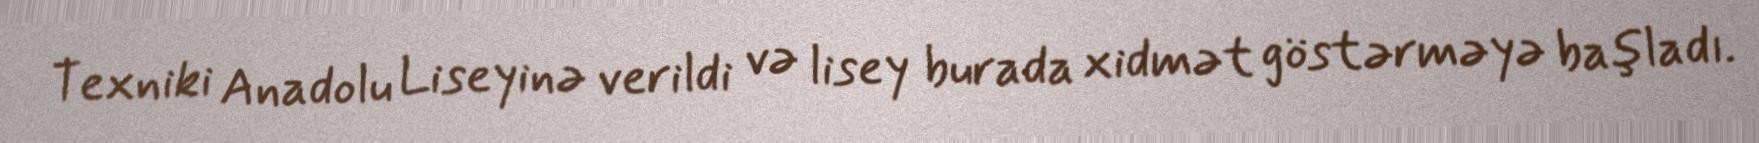
Texniki Anadolu Liseyinə verildi və lisey burada xidmət göstərməyə başladı.